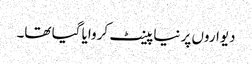
دیواروں پر نیا پینٹ کروایا گیا تھا۔